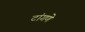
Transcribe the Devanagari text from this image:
टांगणे